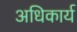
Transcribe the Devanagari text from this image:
अधिकार्य